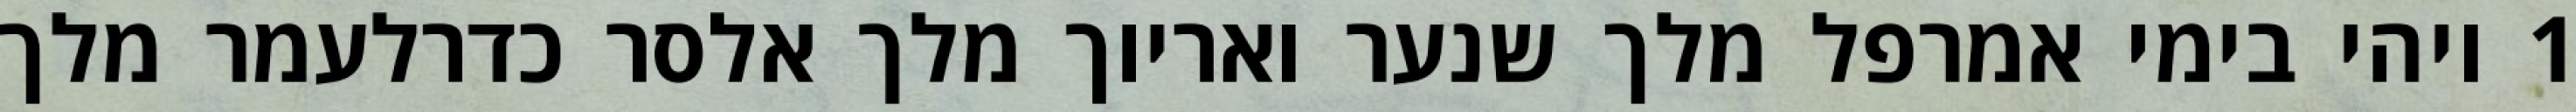
1 ויהי בימי אמרפל מלך שנער ואריוך מלך אלסר כדרלעמר מלך